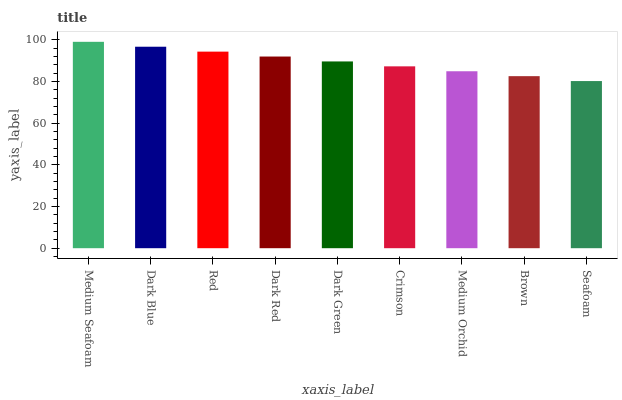
| xaxis_label | bars |
 | --- | --- |
 | Medium Seafoam | 99 |
 | Dark Blue | 96.6 |
 | Red | 94.3 |
 | Dark Red | 91.9 |
 | Dark Green | 89.6 |
 | Crimson | 87.2 |
 | Medium Orchid | 84.9 |
 | Brown | 82.5 |
 | Seafoam | 80.2 |